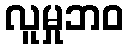
လူမှုဘဝ